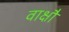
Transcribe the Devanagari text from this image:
वाक्षौ